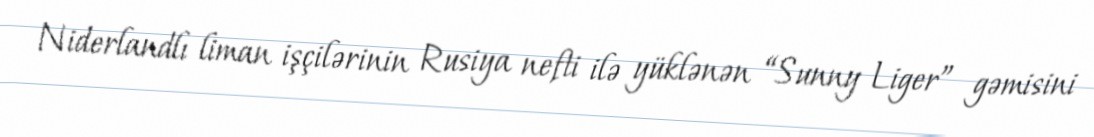
Niderlandlı liman işçilərinin Rusiya nefti ilə yüklənən “Sunny Liger” gəmisini